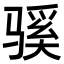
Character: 𫘬